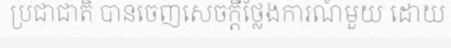
ប្រជាជាតិ បានចេញសេចក្តីថ្លែងការណ៍មួយ ដោយ